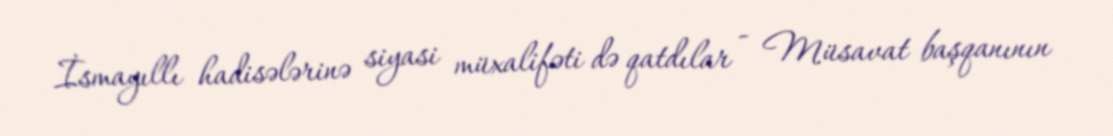
İsmayıllı hadisələrinə siyasi müxalifəti də qatdılar - Müsavat başqanının